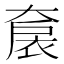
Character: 𡙤